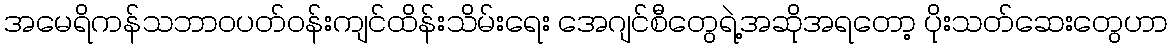
အမေရိကန်သဘာဝပတ်ဝန်းကျင်ထိန်းသိမ်းရေး အေဂျင်စီတွေရဲ့အဆိုအရတော့ ပိုးသတ်ဆေးတွေဟာ